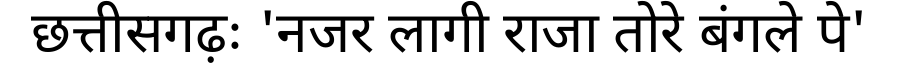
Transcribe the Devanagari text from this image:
छत्तीसगढ़ः 'नजर लागी राजा तोरे बंगले पे'